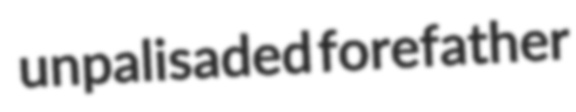
unpalisaded forefather